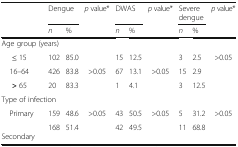
| <ROWSPAN=2>  | <COLSPAN=2> Dengue | <ROWSPAN=2> p value* | <COLSPAN=2> DWAS | <ROWSPAN=2> p value* | <COLSPAN=2> Severe dengue | <ROWSPAN=2> p value* |
 | n | % | n | % | n | % |
 | --- | --- | --- | --- | --- | --- | --- | --- | --- | --- |
 | <COLSPAN=10> Age group (years) |
 | ≤ 15 | 102 | 85.0 |  | 15 | 12.5 |  | 3 | 2.5 | <ROWSPAN=3> >0.05 |
 | 16–64 | 426 | 83.8 | >0.05 | 67 | 13.1 | >0.05 | 15 | 2.9 |
 | > 65 | 20 | 83.3 |  | 1 | 4.1 |  | 3 | 12.5 |
 | <COLSPAN=10> Type of infection |
 | Primary | 159 | 48.6 | <ROWSPAN=2> >0.05 | 43 | 50.5 | <ROWSPAN=2> >0.05 | 5 | 31.2 | <ROWSPAN=2> >0.05 |
 | Secondary | 168 | 51.4 | 42 | 49.5 | 11 | 68.8 |